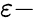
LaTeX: \varepsilon-